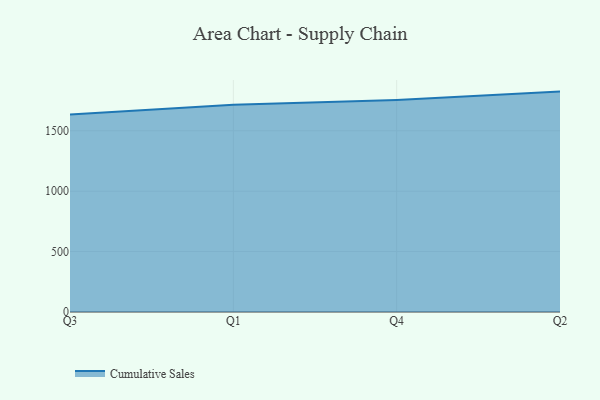
{"axis": {"x": "Quarter", "y": "Production Output"}, "legend": ["Cumulative Sales"], "data": [{"x": "Q3", "y": 1634.2, "type": "Cumulative Sales"}, {"x": "Q1", "y": 1714.6, "type": "Cumulative Sales"}, {"x": "Q4", "y": 1754.9, "type": "Cumulative Sales"}, {"x": "Q2", "y": 1824.1, "type": "Cumulative Sales"}]}